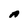
Character: A